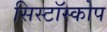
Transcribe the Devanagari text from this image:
सिस्टॉस्कोप